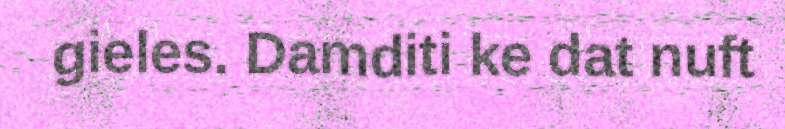
gieles. Damditi ke dat nuft